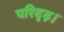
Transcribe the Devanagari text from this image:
परिदृढ़।